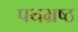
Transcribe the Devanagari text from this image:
पथभ्रष्ठ